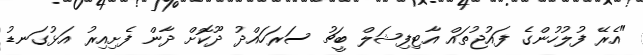
"އެރޭ ފުލުހުންގެ ފައުޖުތައް އާޓިފިޝަލް ބީޗު ސަރަހައްދު ދޫކޮށް ދާން ފެށިއިރު އަޅުގަނޑު